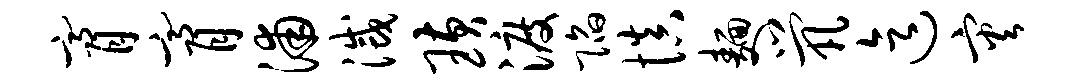
膏膏浦灭璜渡陷慎面茕迄灾